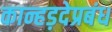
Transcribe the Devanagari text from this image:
कान्हड़देप्रबंध